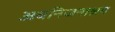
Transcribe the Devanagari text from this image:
अवनिजनाश्रय